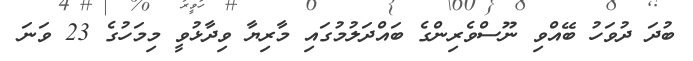
ބުދަ ދުވަހު ބޭއްވި ނޫސްވެރިންގެ ބައްދަލުމުގައި މާރިޔާ ވިދާޅުވީ މިމަހުގެ 23 ވަނަ